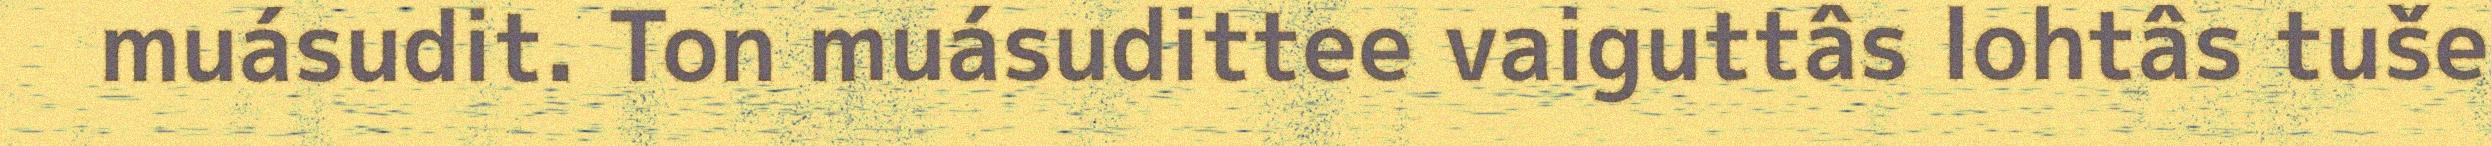
muásudit. Ton muásudittee vaiguttâs lohtâs tuše